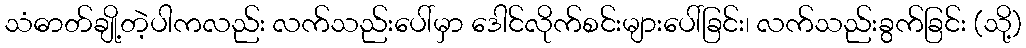
သံဓာတ်ချို့တဲ့ပါကလည်း လက်သည်းပေါ်မှာ ဒေါင်လိုက်စင်းများပေါ်ခြင်း၊ လက်သည်းခွက်ခြင်း (သို့)